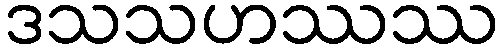
ဒသသဟဿဿ